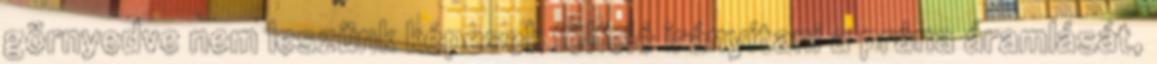
görnyedve nem leszünk képesek fölfelé irányítani a prána áramlását,